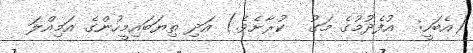
(އެބަހީ:  އުފެދުމުގެ މަގު  ކުރާށެވެ.) އަދި ތިޔަބައިމީހުންގެ އަމިއްލަ